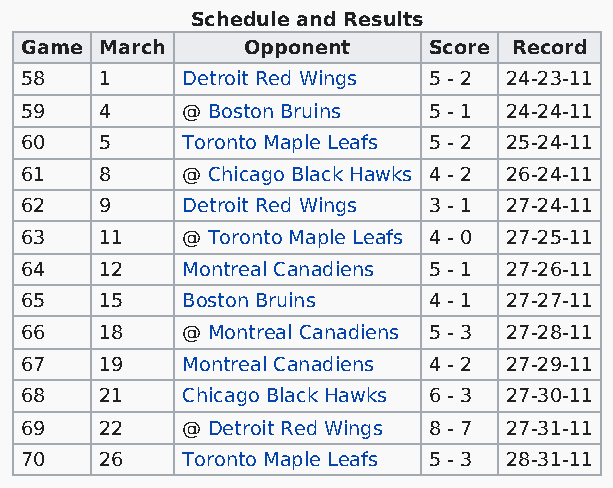
Schedule and Results
 Game  March    Opponent    Score Record
 58    1    Detroit Red Wings 5 - 2 24-23-11
 59    4    @ Boston Bruins 5 - 1 24-24-11
 60    5    Toronto Maple Leafs 5 - 2 25-24-11
 61    8    @ Chicago Black Hawks 4 - 2 26-24-11
 62    9    Detroit Red Wings 3 - 1 27-24-11
 63    11   @ Toronto Maple Leafs 4 - 0 27-25-11
 64    12   Montreal Canadiens 5 - 1 27-26-11
 65    15   Boston Bruins   4 - 1 27-27-11
 66    18   @ Montreal Canadiens 5 - 3 27-28-11
 67    19   Montreal Canadiens 4 - 2 27-29-11
 68    21   Chicago Black Hawks 6 - 3 27-30-11
 69    22   @ Detroit Red Wings 8 - 7 27-31-11
 70    26   Toronto Maple Leafs 5 - 3 28-31-11